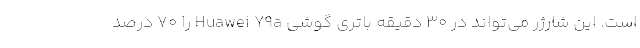
است. این شارژر می‌تواند در 30 دقیقه باتری گوشی Huawei Y9a را 70 درصد